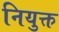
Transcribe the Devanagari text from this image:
नियुक्त